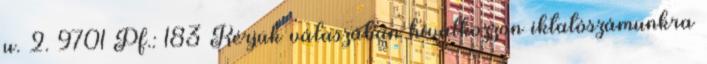
u. 2. 9701 Pf.: 183 Kérjük válaszában hivatkozzon iktatószámunkra